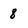
Character: 8